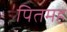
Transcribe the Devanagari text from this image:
पितमह